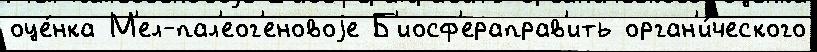
оце́нка М'ел-пал'еог'еновоjе Б'иосф'ераправ'ить орган'и́ческого